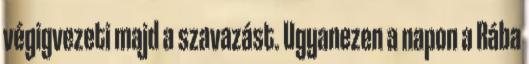
végigvezeti majd a szavazást. Ugyanezen a napon a Rába